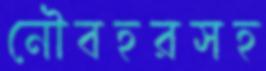
নৌবহরসহ